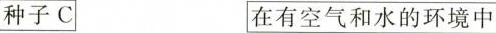
种子C 在有空气和水的环境中